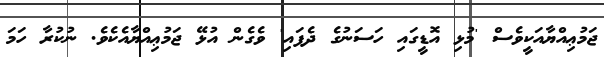
ޖަމުޢިއްޔާއަކީވެސް 'މުޅި އޮޑީގައި ހަސަނުގެ ދެފައި' ވެގެން އުޅޭ ޖަމުޢިއްޔާއެކެވެ. ނުކުރާ ހަމަ